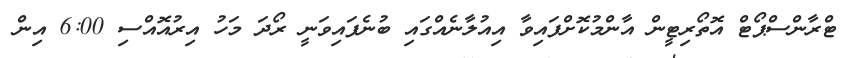
ޓްރާންސްޕޯޓް އޮތޯރިޓީން އާންމުކޮށްފައިވާ އިއުލާނެއްގައި ބުނެފައިވަނީ ރޯދަ މަހު އިރުއޮއްސި 6:00 އިން